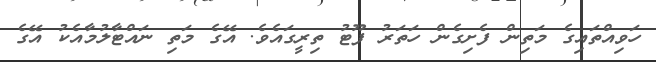
ހަވިއްތައިގެ މަތިން ފެށިގެން ހަތަރު ފޫޓު ތިރީގައެވެ. އޭގެ މަތި ނައްޓާލުމާއެކު އޭގެ